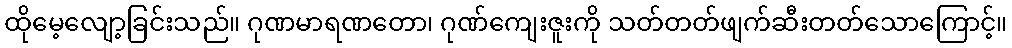
ထိုမေ့လျော့ခြင်းသည်။ ဂုဏမာရဏတော၊ ဂုဏ်ကျေးဇူးကို သတ်တတ်ဖျက်ဆီးတတ်သောကြောင့်။